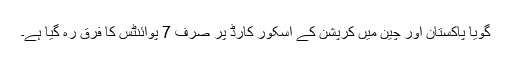
گویا پاکستان اور چین میں کرپشن کے اسکور کارڈ پر صرف 7 پوائنٹس کا فرق رہ گیا ہے۔